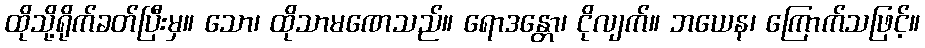
ထိုသို့ရိုက်ခတ်ပြီးမှ။ သော၊ ထိုသာမဏေသည်။ ရောဒန္တော၊ ငိုလျက်။ ဘယေန၊ ကြောက်သဖြင့်။